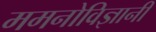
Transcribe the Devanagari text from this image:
ममनोविज्ञानी